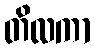
တိလကာ